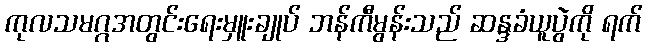
ကုလသမဂ္ဂအတွင်းရေးမှူးချုပ် ဘန်ကီမွန်းသည် ဆန္ဒခံယူပွဲကို ရက်